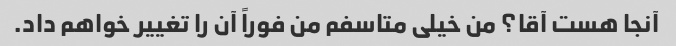
آنجا هست آقا؟ من خیلی متاسفم من فوراً آن را تغییر خواهم داد.